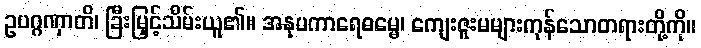
ဥပဂ္ဂဏှာတိ၊ ခြီးမြှင့်သိမ်းယူ၏။ အနုပကာရေဓမ္မေ၊ ကျေးဇူးမများကုန်သောတရားတို့ကို။